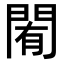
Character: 𨴜